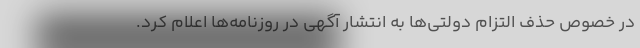
در خصوص حذف التزام دولتی‌ها به انتشار آگهی‌ در روزنامه‌ها اعلام کرد.